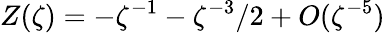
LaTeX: Z(\zeta)=-\zeta^{-1}-\zeta^{-3}/2+O(\zeta^{-5})